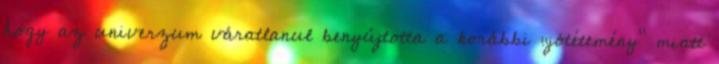
hogy az univerzum váratlanul benyújtotta a korábbi „jótétemény” miatt